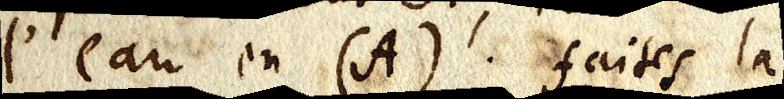
eau en (A). faites la